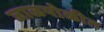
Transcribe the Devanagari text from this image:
जाळपोळीत